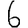
Digit: 6